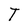
Character: T